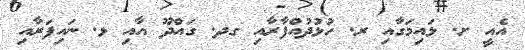
އެއީ ށ. ޅައިމަގާއި ރ. ހުޅުދުއްފާރާއި ގދ. ގައްދޫ އާއި ޅ. ނައިފަރާއި